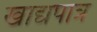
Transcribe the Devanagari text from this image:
खाद्यपात्र